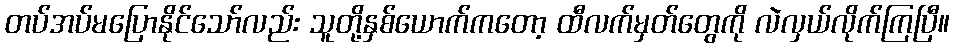
တပ်အပ်မပြောနိုင်သော်လည်း သူတို့နှစ်ယောက်ကတော့ ထီလက်မှတ်တွေကို လဲလှယ်လိုက်ကြပြီ။